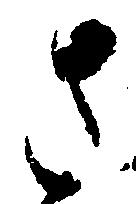
さ